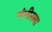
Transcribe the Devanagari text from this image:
गंभीरला